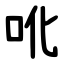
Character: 吪